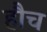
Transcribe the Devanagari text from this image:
हौच